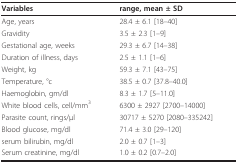
| Variables | range, mean ± SD |
 | --- | --- |
 | Age, years | 28.4 ± 6.1 [18--40] |
 | Gravidity | 3.5 ± 2.3 [1--9] |
 | Gestational age, weeks | 29.3 ± 6.7 [14--38] |
 | Duration of illness, days | 2.5 ± 1.1 [1--6] |
 | Weight, kg | 59.3 ± 7.1 [43--75] |
 | Temperature, °c | 38.5 ± 0.7 [37.8--40.0] |
 | Haemoglobin, gm/dl | 8.3 ± 1.7 [5--11.0] |
 | White blood cells, cell/mm3 | 6300 ± 2927 [2700--14000] |
 | Parasite count, rings/μl | 30717 ± 5270 [2080--335242] |
 | Blood glucose, mg/dl | 71.4 ± 3.0 [29--120] |
 | serum bilirubin, mg/dl | 2.0 ± 0.7 [1--3] |
 | Serum creatinine, mg/dl | 1.0 ± 0.2 [0.7--2.0] |